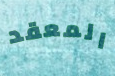
المعقد